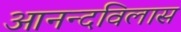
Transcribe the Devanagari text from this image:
आनन्दविलास